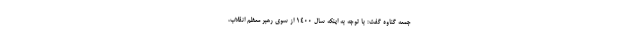
جمعه گناوه گفت: با توجه به اینکه سال ۱۴۰۰ از سوی رهبر معظم انقلاب،